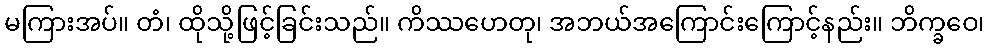
မကြားအပ်။ တံ၊ ထိုသို့ဖြင့်ခြင်းသည်။ ကိဿဟေတု၊ အဘယ်အကြောင်းကြောင့်နည်း။ ဘိက္ခဝေ၊